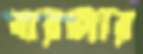
বারজার